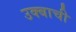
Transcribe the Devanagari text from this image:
उक्बाची